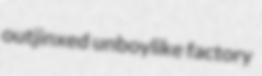
outjinxed unboylike factory